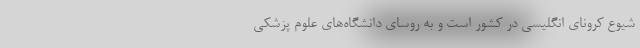
شیوع کرونای انگلیسی در کشور است و به روسای دانشگاه‌های علوم پزشکی